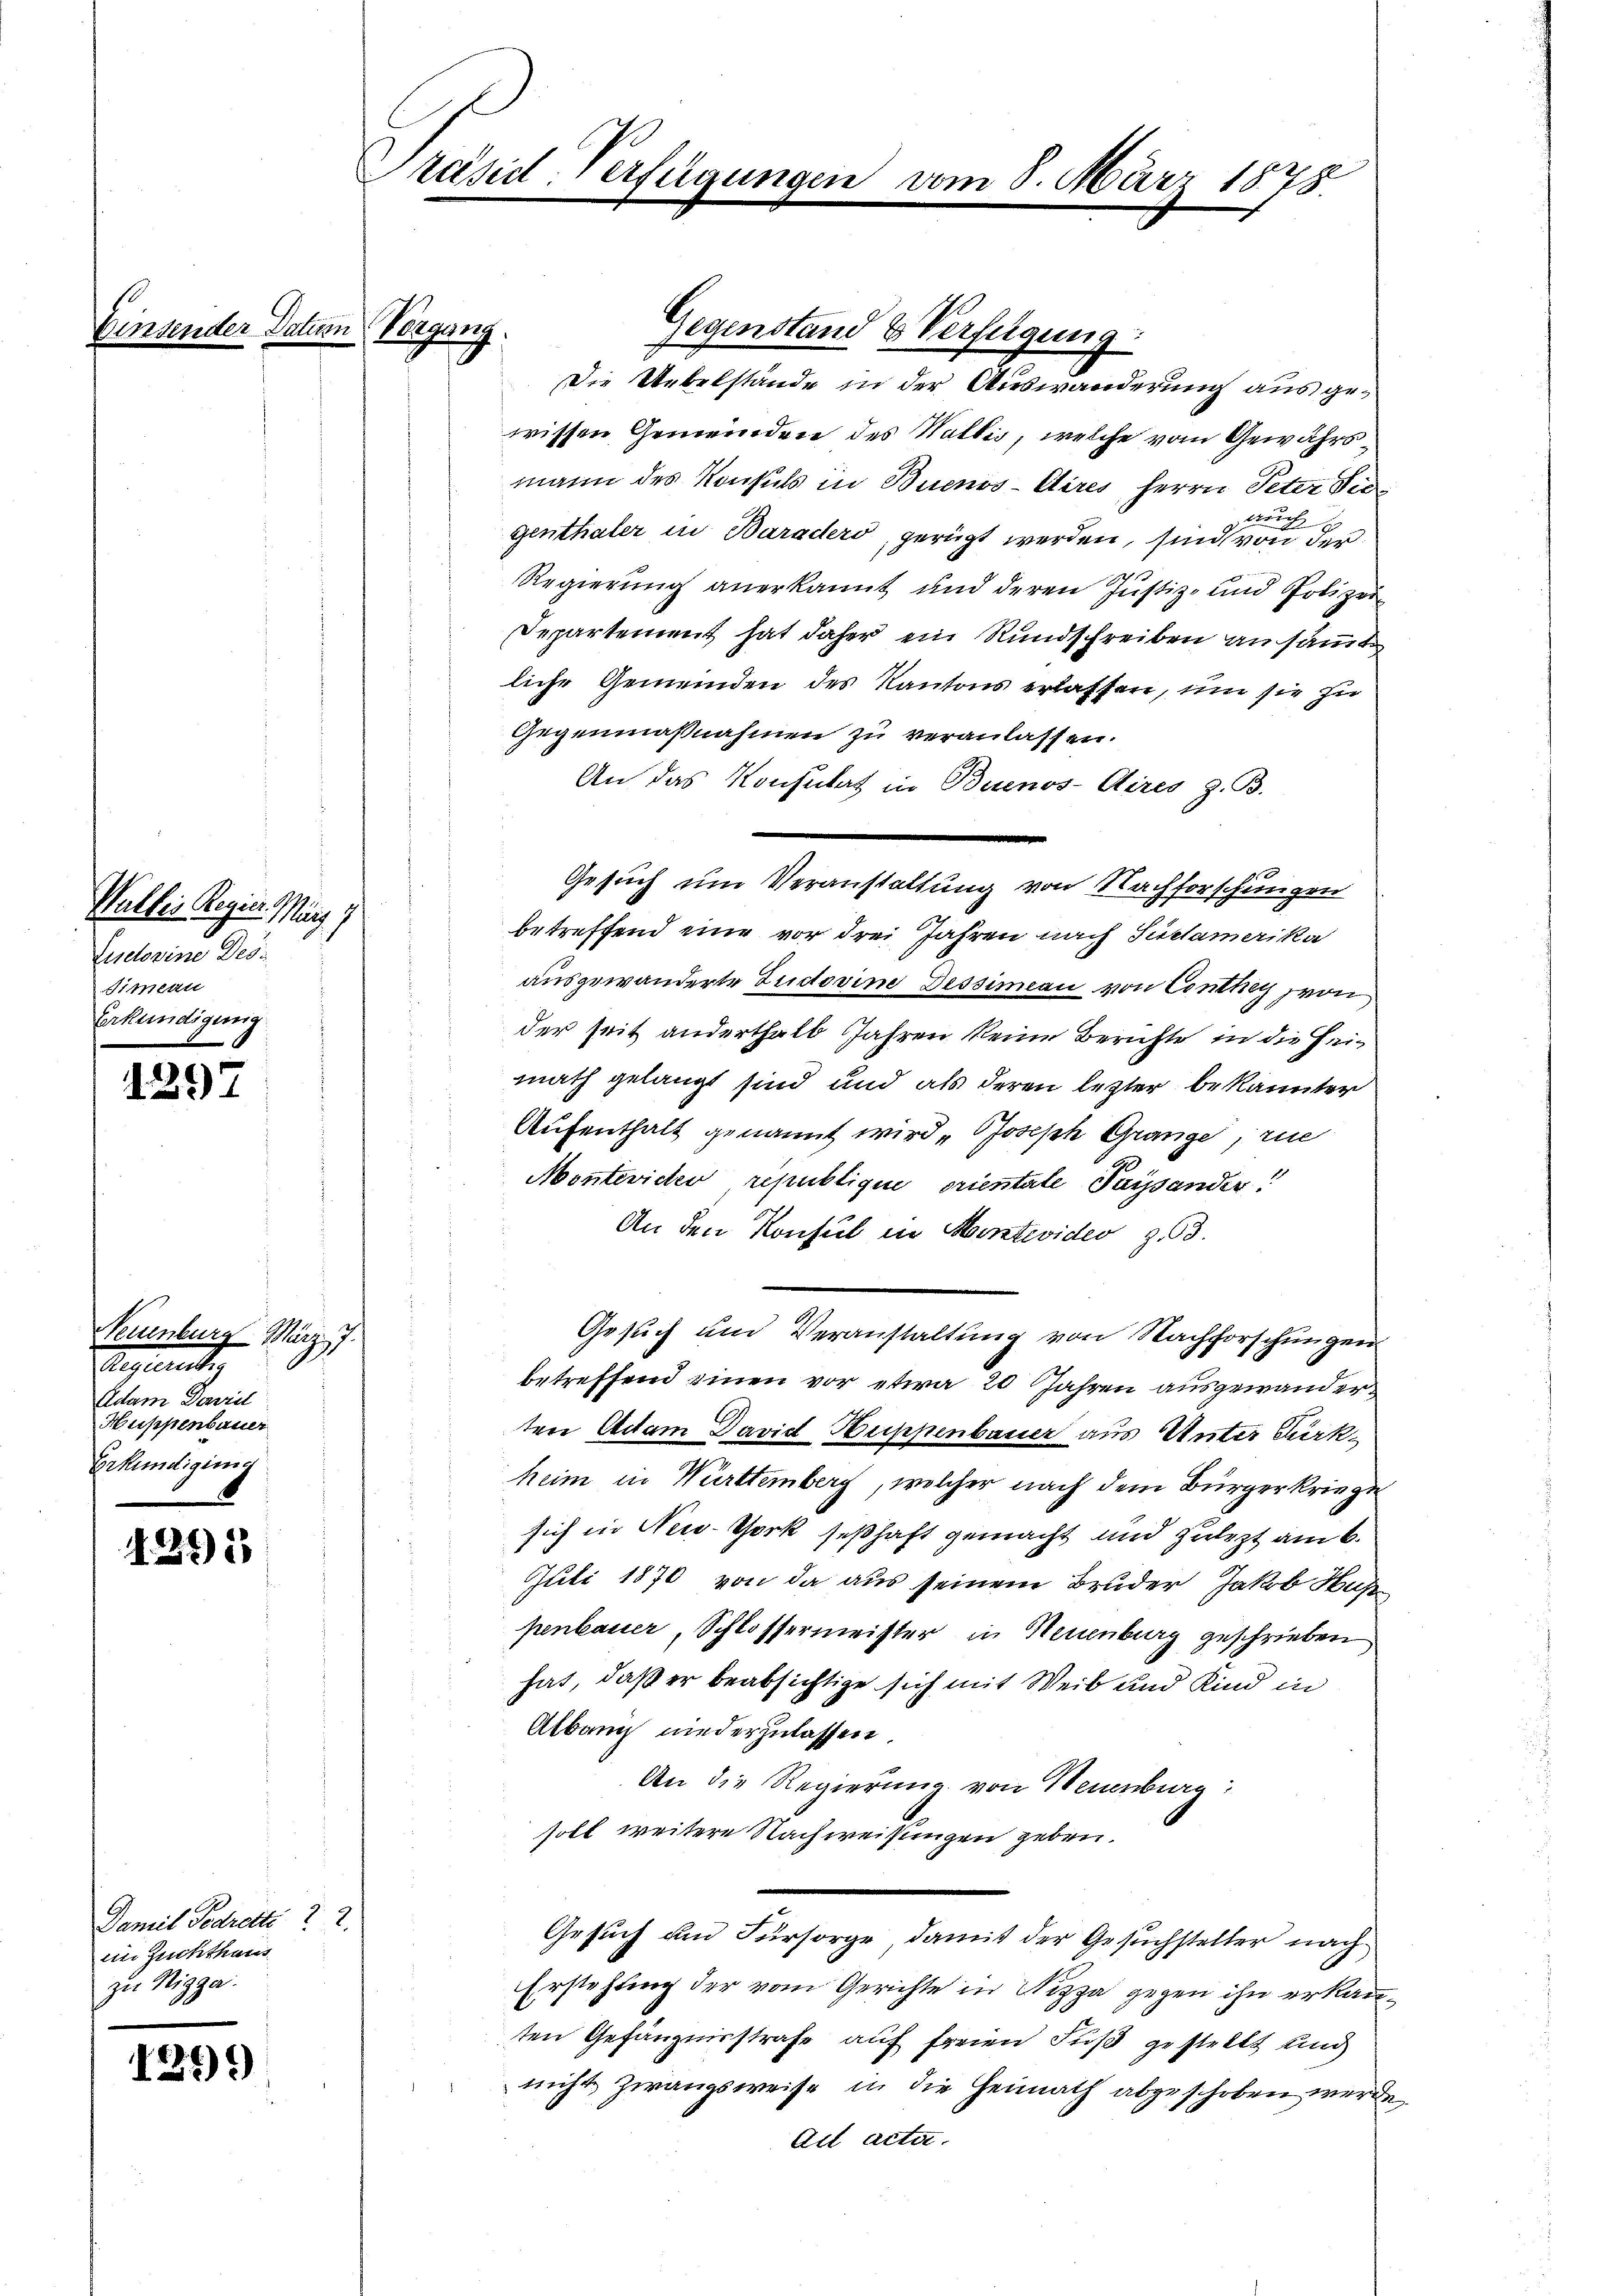
129

.

Wallis Regier. März i
Eudovine Des¬
Simeun
Erkundigung

Seumburg März. 7.
Aeguent
Adam Dorviel
Huppenbauer
Erkundigung
6

1291

Damit Gedrette 2.
ein Zuchthaus
zu Nigga

1261)

räsid-Verfügungen

un Vorgang

Die Uebelstände in der Auswanderung aus gewissen Gemeinden des Wallis, welche vom Gewährs
mann des Konsuls in Buenos-Aires Herrn Peter Verdruc
genthaler in Baradero gerügt werden, sind von der
Regierung anerkannt und deren Justiz- und Polizei-
Departement hat daher ein Rundschreiben ansammt
liche Gemeinden des Kantons erlassen, um sie zu
Gegenmaßnahmen zu veranlassen.
An das Konsulat in Buenos-Aires z. B.
betreffend eine vor drei Jahren nach Suclamerika
ausgewanderte Gudovine Dessiman von Conthey von
der seit anderthalb Jahren keine Berichte in die Heimath gelangt sind und als deren lezter bekannter
Aufenthalt genannt wird „Joseph Grange, rie
Monteviden republique priestale Tagsander!
An den Konsul in Hintevider z.3.
Gesuch und Veranstaltung von Nachforschungen
betreffend einen vor etwa 20 Jahren ausgewanderten Adam David Huppenbauer aus Unter Burkheim in Württemberg, welcher nach dem Bürgerkriege
sich in New-York seßhaft gemacht und zulezt am 6.
Juli 1870 von da aus seinem Bruder Jakob Hah
penbauer, Schlossermeister in Neuenburg geschrieben
hat, daß er beabsichtige sich mit Weib und Kind in
Albang niederzulassen.
An die Regierung von Neuenburg:
soll weitere Nachweisungen geben.
Gesuch um Fürsorge, damit der Gesuchsteller nach
Erstehung der vom Gerichte in Nizza gegen ihn erkannten Gefängnisstrafe auf freien Fuß gestellt und
nicht Zwangsweise in die Heimath abgeschoben werde,
Ait acta.

Gegenstand & Verfügung:

Gesuch um Veranstaltung von Nachforschungen

8. März 1878